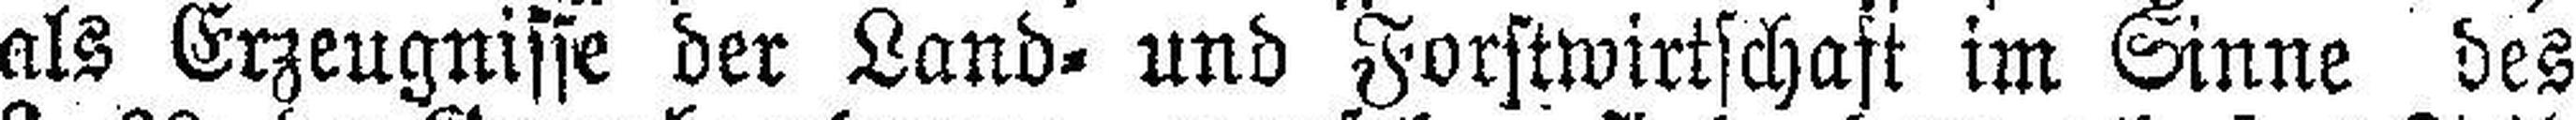
als Erzeugnisse der Land= und Forstwirtschaft im Sinne des